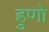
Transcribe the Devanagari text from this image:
हुणो